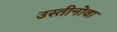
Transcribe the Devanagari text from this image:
उस्तीनोवा